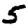
Digit: 5